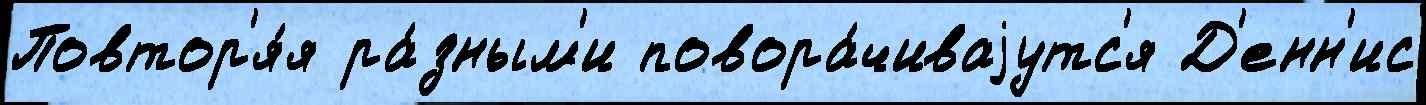
Повтор'я́я ра́зным'и повора́чиваjутс'я Д'енн'ис